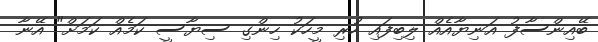
ބޭއިންސާފު އަނިޔާއެއް ލިބިފައި ހުރި މީހަކު ހިންގި ސިޔާސީ ކަމެއް ކަމަށް" އޭނާ